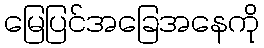
မြေပြင်အခြေအနေကို